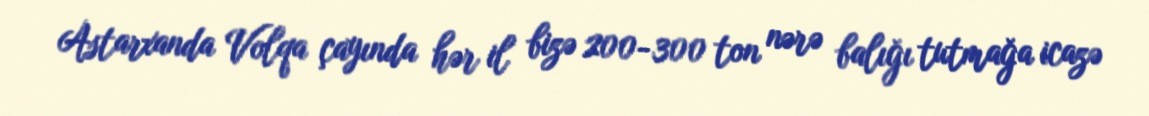
Astarxanda Volqa çayında hər il bizə 200-300 ton nərə balığı tutmağa icazə